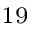
^ { 1 9 }